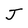
Character: J